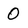
Character: 0